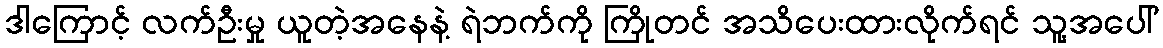
ဒါကြောင့် လက်ဦးမှု ယူတဲ့အနေနဲ့ ရဲဘက်ကို ကြိုတင် အသိပေးထားလိုက်ရင် သူ့အပေါ်